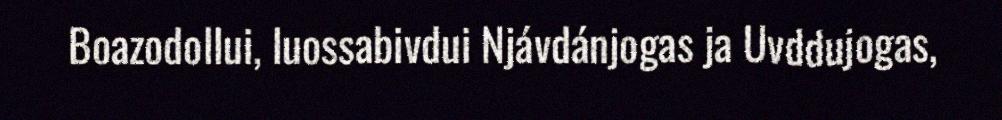
Boazodollui, luossabivdui Njávdánjogas ja Uvddujogas,